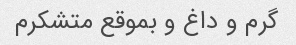
گرم و داغ و بموقع متشکرم